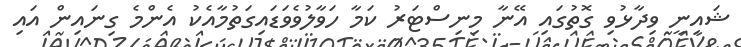
ޝައިނީ ވިދާޅުވި ގޮތުގައި އޭނާ މިނިސްޓަރު ކަމާ ހަވާލުވެވަޑައިގަތުމާއެކު އެންމެ ގިނައިން އައި